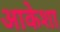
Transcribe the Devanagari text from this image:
आकेशा